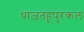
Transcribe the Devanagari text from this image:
थाज़तहूपुरकल